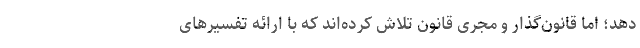
دهد؛ اما قانون‌گذار و مجری قانون تلاش کرده‌اند که با ارائه تفسیرهای